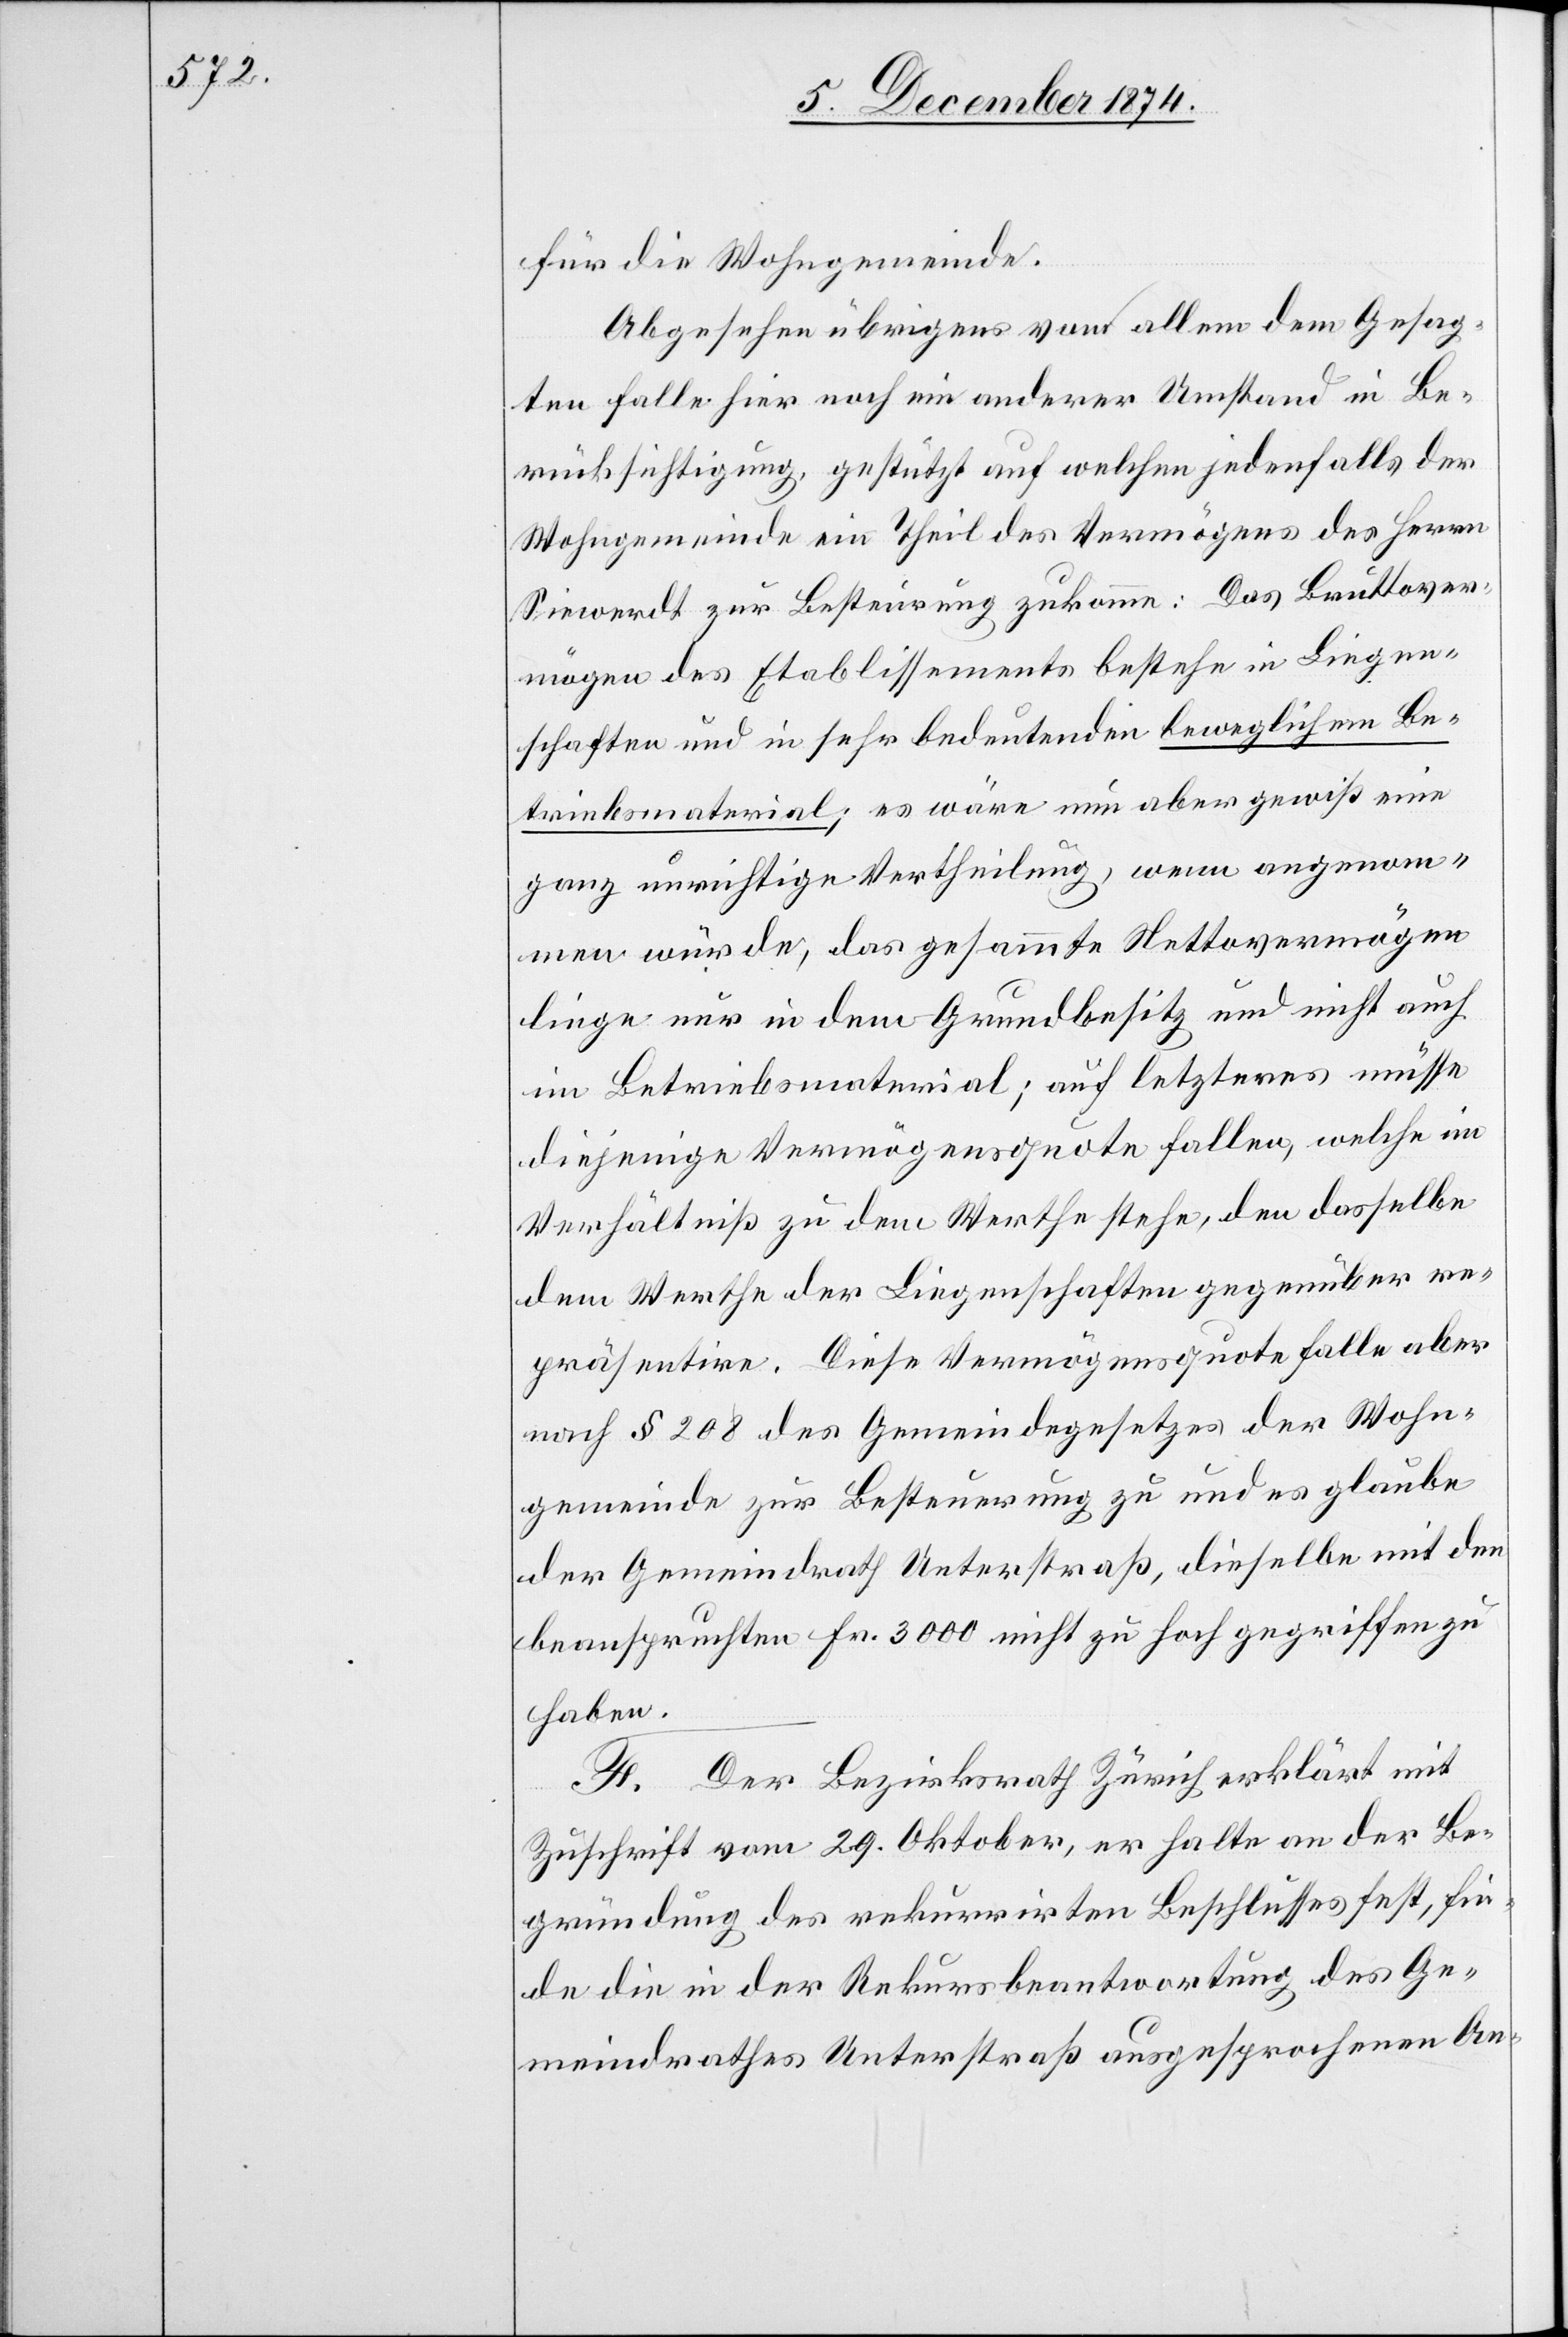
für die Wohngemeinde.
Abgesehen übrigens von allem dem Gesag¬
ten falle hier noch ein anderer Umstand in Be¬
rücksichtigung, gestützt auf welchen jedenfalls der
Wohngemeinde ein Theil des Vermögens des Herrn
Siewerdt zur Besteurung zukomme: Das Bruttover¬
mögen des Etablissements bestehe in Liegen¬
schaften und in sehr bedeutenden beweglichem Be¬
triebsmaterial; es wäre nun aber gewiß eine
ganz unrichtige Vertheilung, wenn angenom¬
men würde, das gesammte Nettovermögen
liege nur in dem Grundbesitz und nicht auch
im Betriebsmaterial; auf letzteres müsse
diejenige Vermögensquote fallen, welche im
Verhältniß zu dem Werthe stehe, den dasselbe
dem Werthe der Liegenschaften gegenüber re¬
präsentire. Diese Vermögensquote falle aber
nach § 208 des Gemeindegesetzes der Wohn¬
gemeinde zur Besteuerung zu und es glaube
der Gemeindrath Unterstraß, dieselbe mit dem
beanspruchten Fr. 3000 nicht zu hoch gegriffen zu
haben.
F. Der Bezirksrath Zürich erklärt mit
Zuschrift vom 29. Oktober, er halte an der Be¬
gründung des rekurrirten Beschlusses fest, fin¬
de die in der Rekursbeantwortung des Ge¬
meindrathes Unterstraßes ausgesprochenen An-